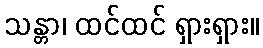
သန္တာ၊ ထင်ထင် ရှားရှား။